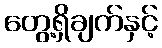
တွေ့ရှိချက်နှင့်